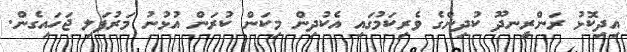
އިދިކޮޅު ރަންރީނދޫ ކުދިންގެ ވެރިކަމުގައި އެކުދިން މިކަން ކުރަން އުޅުނު މަރުފަލި ޖަހައިގެން.